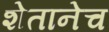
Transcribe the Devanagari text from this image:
शेतानेच